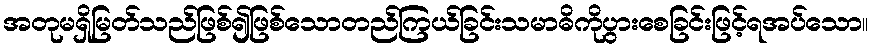
အတုမရှိမြတ်သည်ဖြစ်၍ဖြစ်သောတည်ကြယ်ခြင်းသမာဓိကိုပွားစေခြင်းဖြင့်ရအပ်သော။